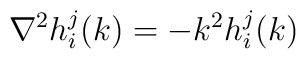
\nabla^2 h_{i}^{j}(k) = - k^2 h_{i}^{j}(k)